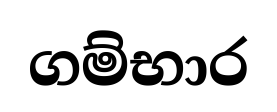
ගම්භාර